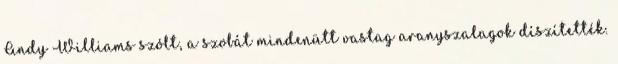
Andy Williams szólt, a szobát mindenütt vastag aranyszalagok díszítették.